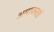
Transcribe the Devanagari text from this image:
अमावसाई